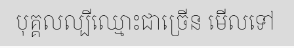
បុគ្គលល្បីឈ្មោះជាច្រើន មើលទៅ